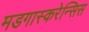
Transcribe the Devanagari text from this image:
मडगास्करेन्सिस